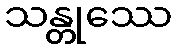
သန္တုဿေ